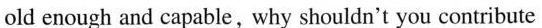
old enough and capable,why shouldn't you contribute